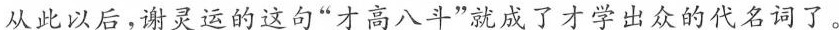
从此以后，谢灵运的这句”才高八斗”就成了才学出众的代名词了。